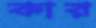
কার